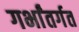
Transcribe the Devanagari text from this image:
गर्भांतर्गत